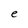
Character: e